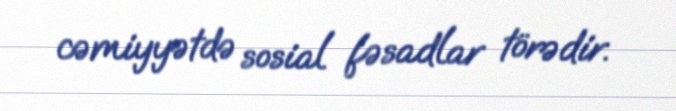
cəmiyyətdə sosial fəsadlar törədir.